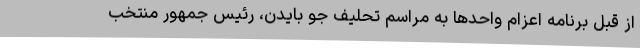
از قبل برنامه اعزام واحدها به مراسم تحلیف جو بایدن، رئیس جمهور منتخب